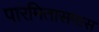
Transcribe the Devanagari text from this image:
पारमितासमास